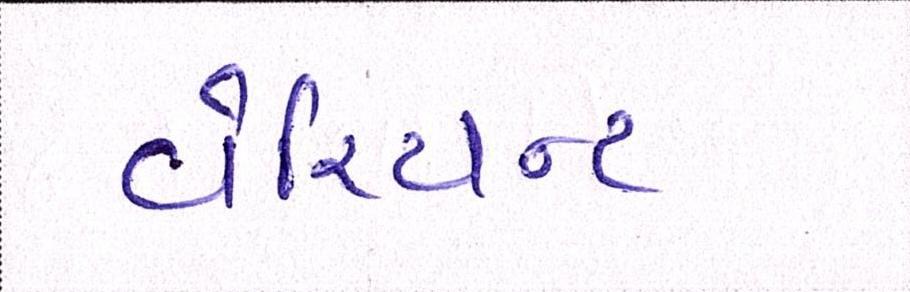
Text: વેરિયન્ટ